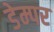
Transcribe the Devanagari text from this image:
डेम्पर